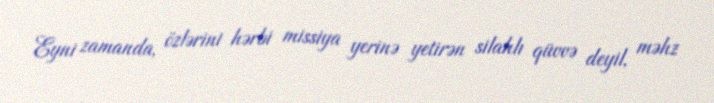
Eyni zamanda, özlərini hərbi missiya yerinə yetirən silahlı qüvvə deyil, məhz